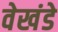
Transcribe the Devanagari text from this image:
वेखंडे